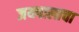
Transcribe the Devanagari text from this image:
जयपालाचा